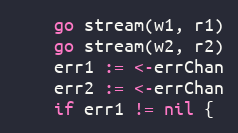
Language: Go
	go stream(w1, r1)
	go stream(w2, r2)
	err1 := <-errChan
	err2 := <-errChan
	if err1 != nil {